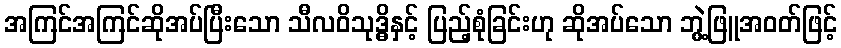
အကြင်အကြင်ဆိုအပ်ပြီးသော သီလဝိသုဒ္ဓိနှင့် ပြည့်စုံခြင်းဟု ဆိုအပ်သော ဘွဲ့ဖြူအဝတ်ဖြင့်